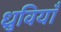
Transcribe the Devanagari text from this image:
ध्रुवियाँ